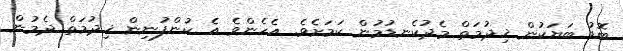
ބޮޑު ބަޔަކުން ޚިދުމަތް މެދުކެނޑުމުން ކަމަށެވެ. އެހެންވެ އެ ކުންފުނިން ޚިދުމަތް ދެމުން